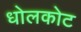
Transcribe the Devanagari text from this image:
धोलकोट